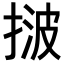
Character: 𢯠